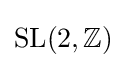
\operatorname {SL} (2,\mathbb {Z} )